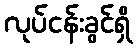
လုပ်ငန်းခွင်ရှိ